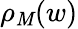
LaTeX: \rho_{\mathit{M}}(w)